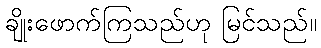
ချိုးဖောက်ကြသည်ဟု မြင်သည်။